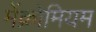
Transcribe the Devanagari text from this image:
मेंक्रोमियम